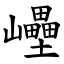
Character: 㠥